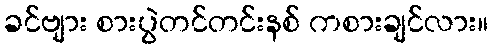
ခင်ဗျား စားပွဲတင်တင်းနစ် ကစားချင်လား။